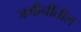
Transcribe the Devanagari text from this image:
जमीनींतील